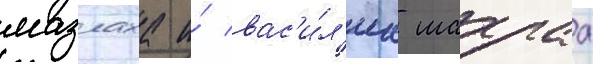
мазлаха и́ вас'и́л'иа шахраа